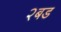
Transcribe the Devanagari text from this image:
२बड